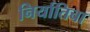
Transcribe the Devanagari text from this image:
निर्यातिचा